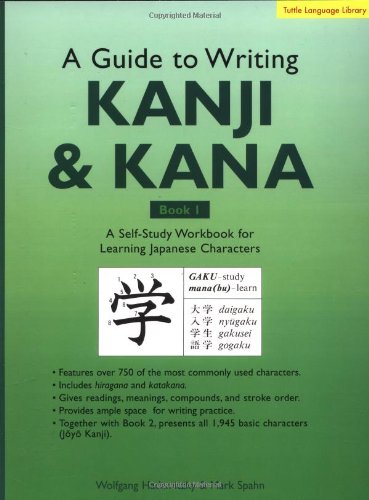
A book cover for A Guide to Writing Japanese Kanji & Kana: A Self-Study Workbook for Learning Japanese Characters (Tuttle Language Library); Wolfgang Hadamitzky; Reference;